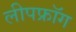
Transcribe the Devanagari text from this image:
लीपफ्रॉग